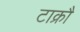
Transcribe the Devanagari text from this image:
टाक्रौ